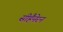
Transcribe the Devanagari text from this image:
सीहैनेरन